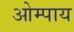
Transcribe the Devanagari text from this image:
ओम्पाय